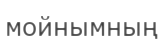
мойнымның